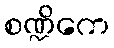
စဏ္ဍိကေ